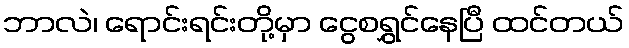
ဘာလဲ၊ ရောင်းရင်းတို့မှာ ငွေစရွှင်နေပြီ ထင်တယ်